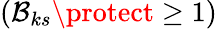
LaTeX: \left(\mathcal{B}_{ks}\protect\geq 1\right)